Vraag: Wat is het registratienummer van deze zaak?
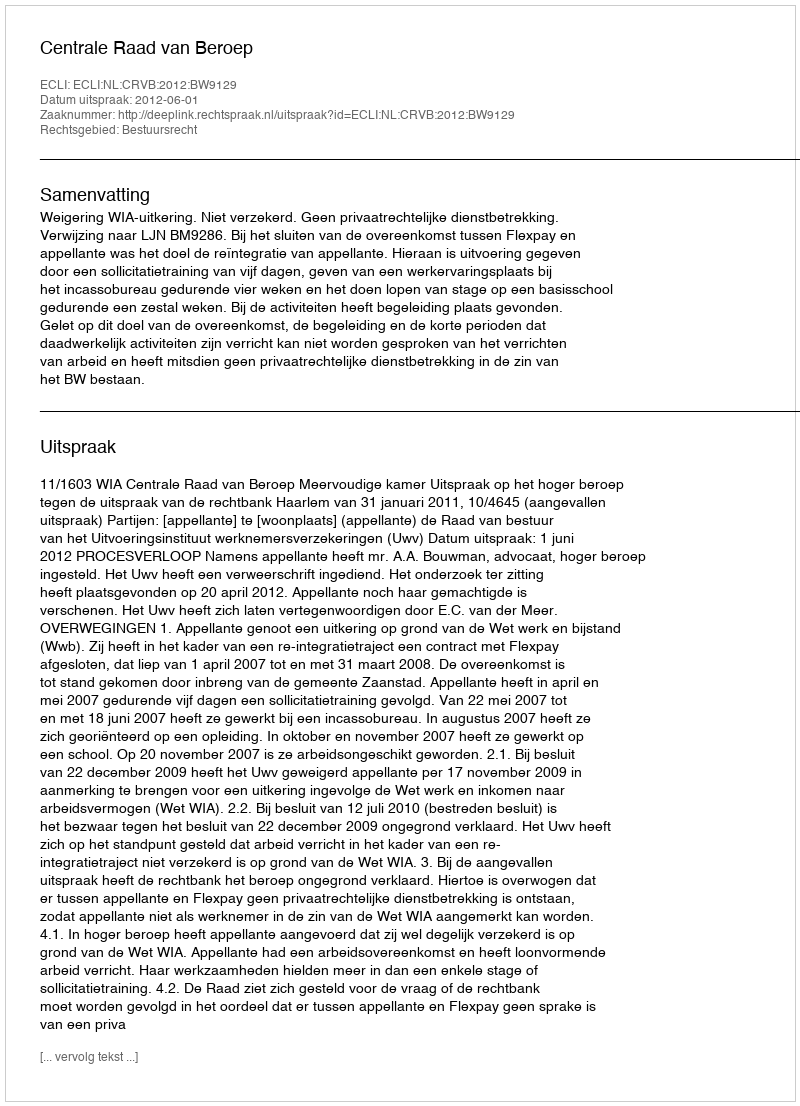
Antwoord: http://deeplink.rechtspraak.nl/uitspraak?id=ECLI:NL:CRVB:2012:BW9129